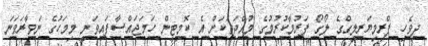
ދިވެހި ޕްރިމިޔަރލީގްގެ ލޯގޯ ފަރުމާކުރުމުގެ މުއްދަތަކަށް އެ ކޮމިޓީން ހަމަޖައްސާފައިވަނީ މިމަހުގެ ނަވާރަވަނަ